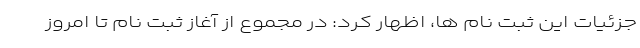
جزئیات این ثبت نام ها، اظهار کرد: در مجموع از آغاز ثبت نام تا امروز